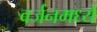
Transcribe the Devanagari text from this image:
वर्जनमध्ये